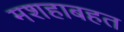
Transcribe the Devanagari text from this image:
मशहाबहत